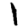
Digit: 1